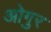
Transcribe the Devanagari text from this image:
ओगुर